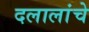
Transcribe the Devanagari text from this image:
दलालांचे